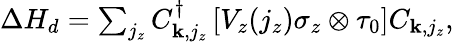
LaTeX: \begin{array}{r}{\Delta H_{d}=\sum_{j_{z}}C_{{\mathbf k},j_{z}}^{\dagger}\left[V_{z}(j_{z})\sigma_{z}\otimes\tau_{0}\right]C_{{\mathbf k},j_{z}},}\end{array}